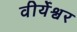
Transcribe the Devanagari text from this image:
वीर्येश्वर